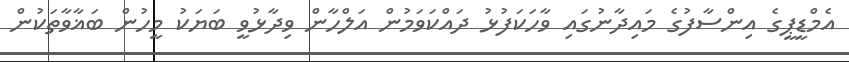
އެމްޑީޕީގެ އިންސާފުގެ މައިދާނުގައި ވާހަކަފުޅު ދައްކަވަމުން އަލްހާން ވިދާޅުވީ ބަޔަކު މީހުން ބަޣާވާތަކުން